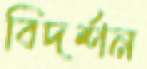
বিদর্শন